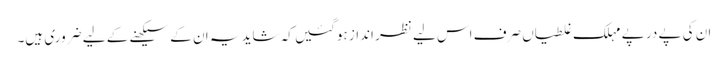
ان کی پے در پے مہلک غلطیاں صرف اس لیے نظر انداز ہوگئیں کہ شاید یہ ان کے سیکھنے کے لیے ضروری ہیں۔